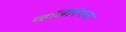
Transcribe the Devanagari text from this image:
व्हर्जिनियावर